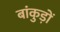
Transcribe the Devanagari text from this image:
बांकुड़ों